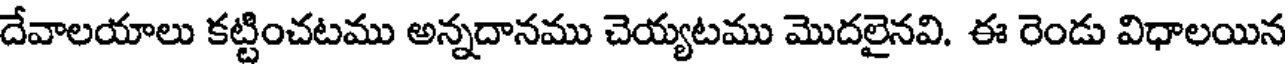
దేవాలయాలు కట్టించటము అన్నదానము చెయ్యటము మొదలైనవి. ఈ రెండు విధాలయిన